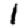
Digit: 1